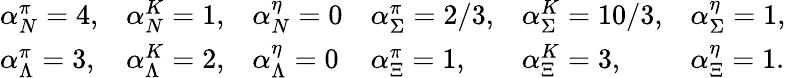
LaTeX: \begin{array}{llllll}{{\alpha_{N}^{\pi}=4,}}&{{\alpha_{N}^{K}=1,}}&{{\alpha_{N}^{\eta}=0}}&{{\alpha_{\Sigma}^{\pi}=2/3,}}&{{\alpha_{\Sigma}^{K}=10/3,}}&{{\alpha_{\Sigma}^{\eta}=1,}}\\ {{\alpha_{\Lambda}^{\pi}=3,}}&{{\alpha_{\Lambda}^{K}=2,}}&{{\alpha_{\Lambda}^{\eta}=0}}&{{\alpha_{\Xi}^{\pi}=1,}}&{{\alpha_{\Xi}^{K}=3,}}&{{\alpha_{\Xi}^{\eta}=1.}}\end{array}